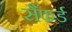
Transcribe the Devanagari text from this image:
सैंफर्ड